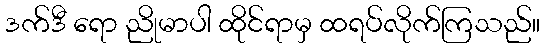
ဒက်ဒီ ရော ညိုမာပါ ထိုင်ရာမှ ထရပ်လိုက်ကြသည်။